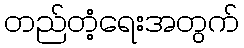
တည်တံ့ရေးအတွက်